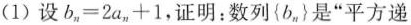
(1)设b_n=2a_n+1，证明：数列{b_n}是”平方递